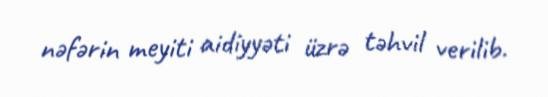
nəfərin meyiti aidiyyəti üzrə təhvil verilib.